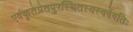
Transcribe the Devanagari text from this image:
एवंकृतेप्रेतपुरस्थितस्यस्वर्गेगतिः